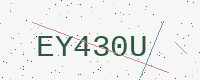
Text: EY430U